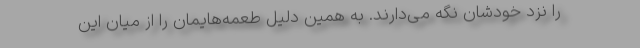
را نزد خودشان نگه می‌دارند. به همین دلیل طعمه‌هایمان را از میان این